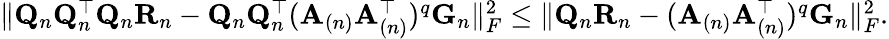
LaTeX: \begin{array}{r}{\| \mathbf{Q}_{n}\mathbf{Q}_{n}^{\top}\mathbf{Q}_{n}\mathbf{R}_{n}-\mathbf{Q}_{n}\mathbf{Q}_{n}^{\top}(\mathbf{A}_{(n)}\mathbf{A}_{(n)}^{\top})^{q}\mathbf{G}_{n}\| _{F}^{2}\leq\| \mathbf{Q}_{n}\mathbf{R}_{n}-(\mathbf{A}_{(n)}\mathbf{A}_{(n)}^{\top})^{q}\mathbf{G}_{n}\| _{F}^{2}.}\end{array}